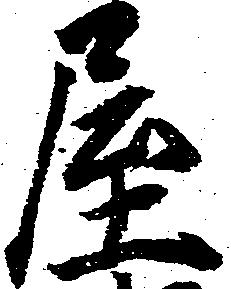
屋